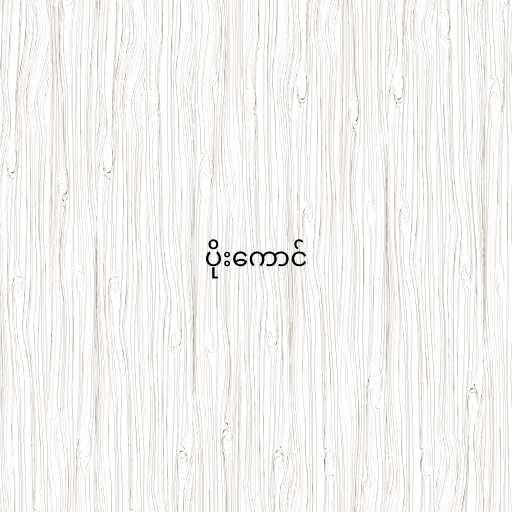
ပိုးကောင်